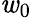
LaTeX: \mathit{w}_{0}